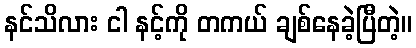
နင်သိလား ငါ နင့်ကို တကယ် ချစ်နေခဲ့ပြီတဲ့။